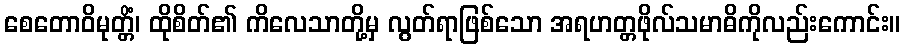
စေတောဝိမုတ္တိံ၊ ထိုစိတ်၏ ကိလေသာတို့မှ လွတ်ရာဖြစ်သော အရဟတ္တဖိုလ်သမာဓိကိုလည်းကောင်း။